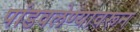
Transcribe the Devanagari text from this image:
पांडवलेण्यावरून